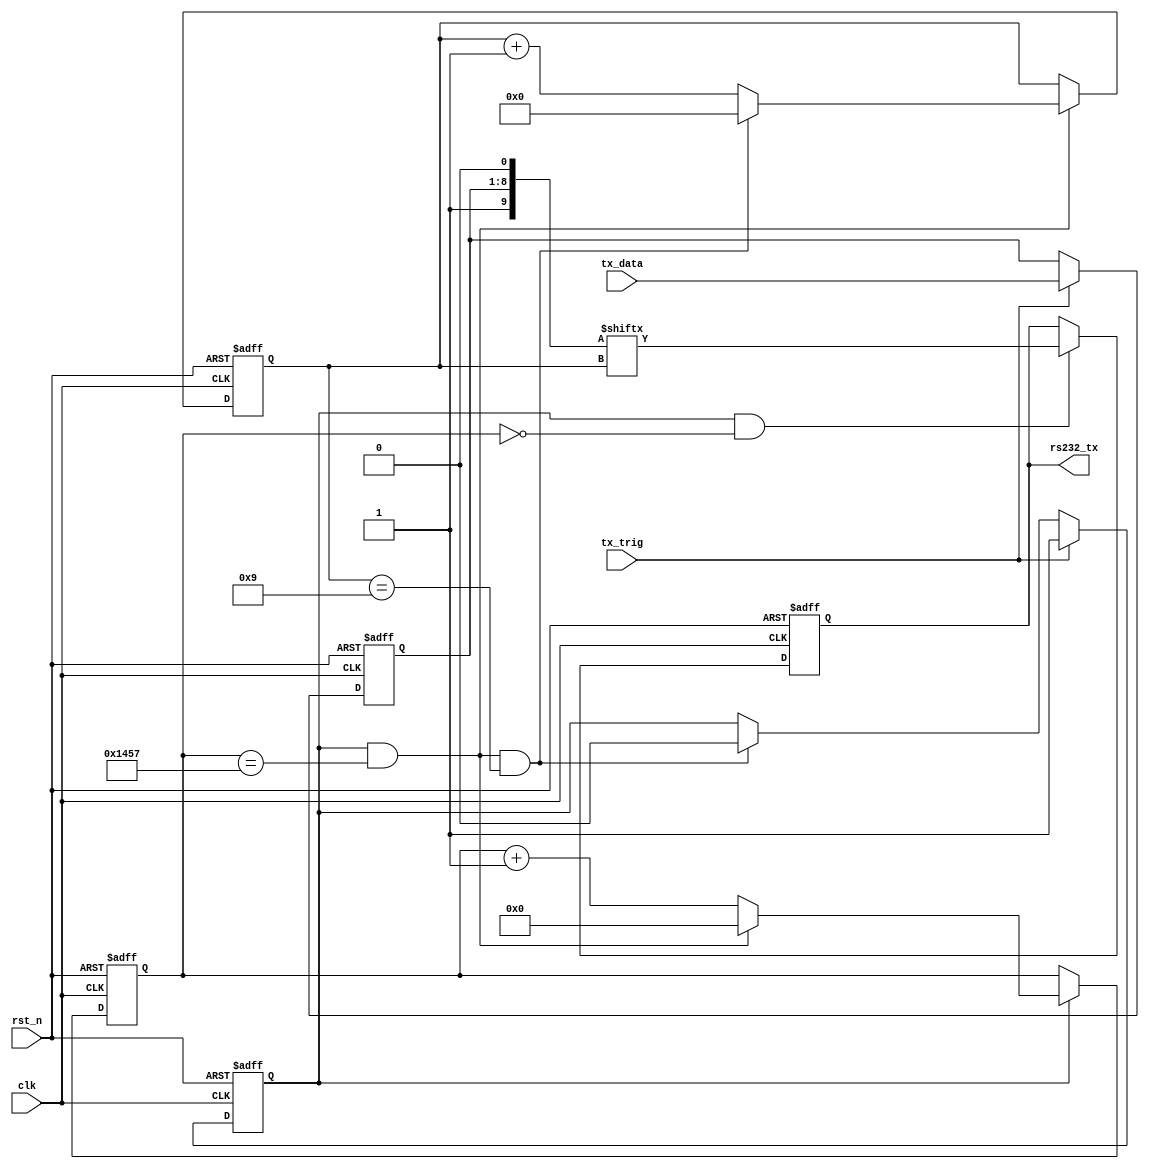
/************************************************************************
 * Create time   : 2018-04-15 17:07
 * Description   : 
 * *********************************************************************/
module  uart_tx(
        input                   clk                     ,
        input                   rst_n                   ,
        //uart_rx
        input                   tx_trig                 ,
        input         [ 7: 0]   tx_data                 ,
        //uart_tx
        output  reg             rs232_tx 
);
//=====================================================================\
// ********** Define Parameter and Internal Signals *************
//=====================================================================/
parameter   BAUD_END    =       5208                            ;
parameter   CNT1_END    =       10                              ;

reg     [12: 0]                 cnt0                            ;
wire                            add_cnt0                        ;
wire                            end_cnt0                        ;

reg     [ 3: 0]                 cnt1                            ;
wire                            add_cnt1                        ;
wire                            end_cnt1                        ;

reg                             flag                            ;
reg     [ 7: 0]                 tx_data_temp                    ; 
wire    [ 9: 0]                 data                            ; 
//======================================================================
// ***************      Main    Code    ****************
//======================================================================
//cnt0
always @(posedge clk or negedge rst_n)begin
    if(!rst_n)begin
        cnt0 <= 0;
    end
    else if(add_cnt0)begin
        if(end_cnt0)
            cnt0 <= 0;
        else
            cnt0 <= cnt0 + 1;
    end
end

assign  add_cnt0        =       flag;
assign  end_cnt0        =       add_cnt0 && cnt0 == BAUD_END-1;

//cnt1
always @(posedge clk or negedge rst_n)begin 
    if(!rst_n)begin
        cnt1 <= 0;
    end
    else if(add_cnt1)begin
        if(end_cnt1)
            cnt1 <= 0;
        else
            cnt1 <= cnt1 + 1;
    end
end

assign  add_cnt1        =       end_cnt0;
assign  end_cnt1        =       add_cnt1 && cnt1 == CNT1_END-1;

//flag
always  @(posedge clk or negedge rst_n)begin
    if(rst_n==1'b0)begin
        flag    <=      1'b0;
    end
    else if(tx_trig)begin
        flag    <=      1'b1;
    end
    else if(end_cnt1)begin
        flag    <=      1'b0;
    end
end

assign  data    =       {1'b1,tx_data_temp,1'b0};

//tx_data_temp
always  @(posedge clk or negedge rst_n)begin
    if(rst_n==1'b0)begin
        tx_data_temp    <=      8'h00;
    end
    else if(tx_trig)begin
        tx_data_temp    <=      tx_data;
    end
end

//rs232_tx
always  @(posedge clk or negedge rst_n)begin
    if(rst_n==1'b0)begin
        rs232_tx    <=      1'b1;
    end
    else if(add_cnt0 && cnt0 == 1-1)begin
        rs232_tx    <=      data[cnt1];
    end
end


endmodule